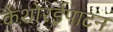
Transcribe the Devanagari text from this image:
केशोरईपाटन